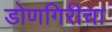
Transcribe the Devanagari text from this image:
डोणगिरीचा